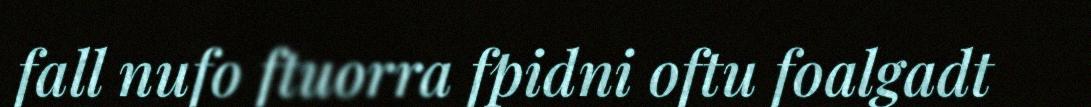
fall nufo ftuorra fpidni oftu foalgadt